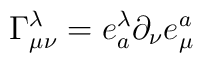
\Gamma _{\mu \nu }^{\lambda }=e_{a}^{\lambda }\partial _{\nu }e_{\mu }^{a}